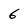
Character: 6